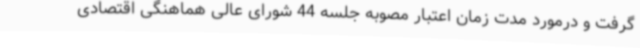
گرفت و درمورد مدت زمان اعتبار مصوبه جلسه 44 شورای عالی هماهنگی اقتصادی